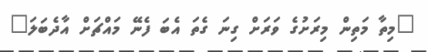
"މިތާ މަތިން މިރަށުގެ ވަރަށް ގިނަ ގެތަ އެބަ ފެނޭ މައްޗަށް އާދެބަލަ"